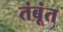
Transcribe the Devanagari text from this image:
तंबूंत